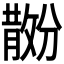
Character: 𪯗